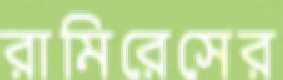
রামিরেসের